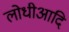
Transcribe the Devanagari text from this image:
लोधीआदि